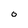
Character: 0